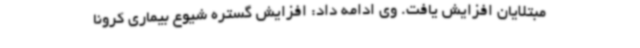
مبتلایان افزایش یافت. وی ادامه داد: افزایش گستره شیوع بیماری کرونا